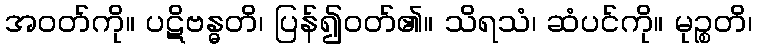
အဝတ်ကို။ ပဋိဗန္ဓတိ၊ ပြန်၍ဝတ်၏။ သိရသံ၊ ဆံပင်ကို။ မုဉ္စတိ၊